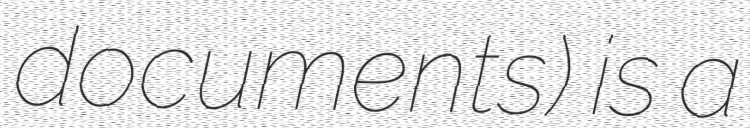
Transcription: documents) is a